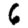
Digit: 6